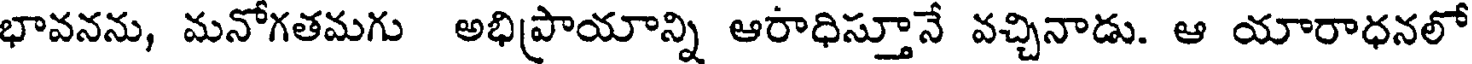
భావనను, మనోగతమగు అభిప్రాయాన్ని ఆరాధిస్తూనే వచ్చినాడు. ఆ యారాధనలో